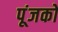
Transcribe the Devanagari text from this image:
पूंजकों